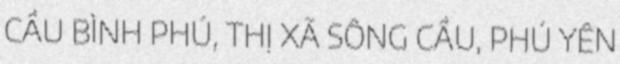
CẦU BÌNH PHÚ, THỊ XÃ SÔNG CẦU, PHÚ YÊN